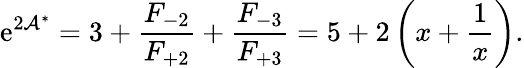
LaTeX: \mathrm{e}^{2\mathcal{{A}}^{\ast}}=3+\frac{{F_{-2}}}{{F_{+2}}}+\frac{{F_{-3}}}{{F_{+3}}}=5+2\left(x+\frac{{1}}{{x}}\right).